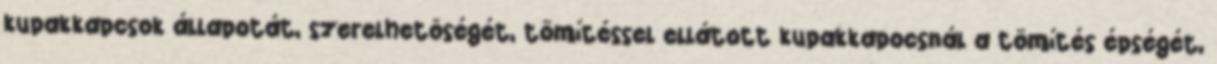
kupakkapcsok állapotát, szerelhetõségét, tömítéssel ellátott kupakkapocsnál a tömítés épségét,